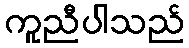
ကူညီပါသည်